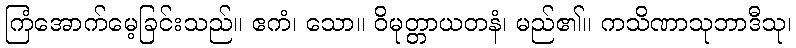
ကြံအောက်မေ့ခြင်းသည်။ ဧကံ၊ သော။ ဝိမုတ္တာယတနံ၊ မည်၏။ ကသိဏာသုဘာဒီသု၊